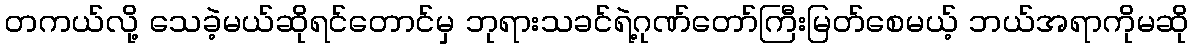
တကယ်လို့ သေခဲ့မယ်ဆိုရင်တောင်မှ ဘုရားသခင်ရဲ့ဂုဏ်တော်ကြီးမြတ်စေမယ့် ဘယ်အရာကိုမဆို